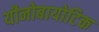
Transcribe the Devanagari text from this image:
यीनोबायोटिक